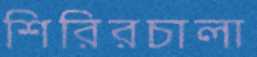
শিরিরচালা